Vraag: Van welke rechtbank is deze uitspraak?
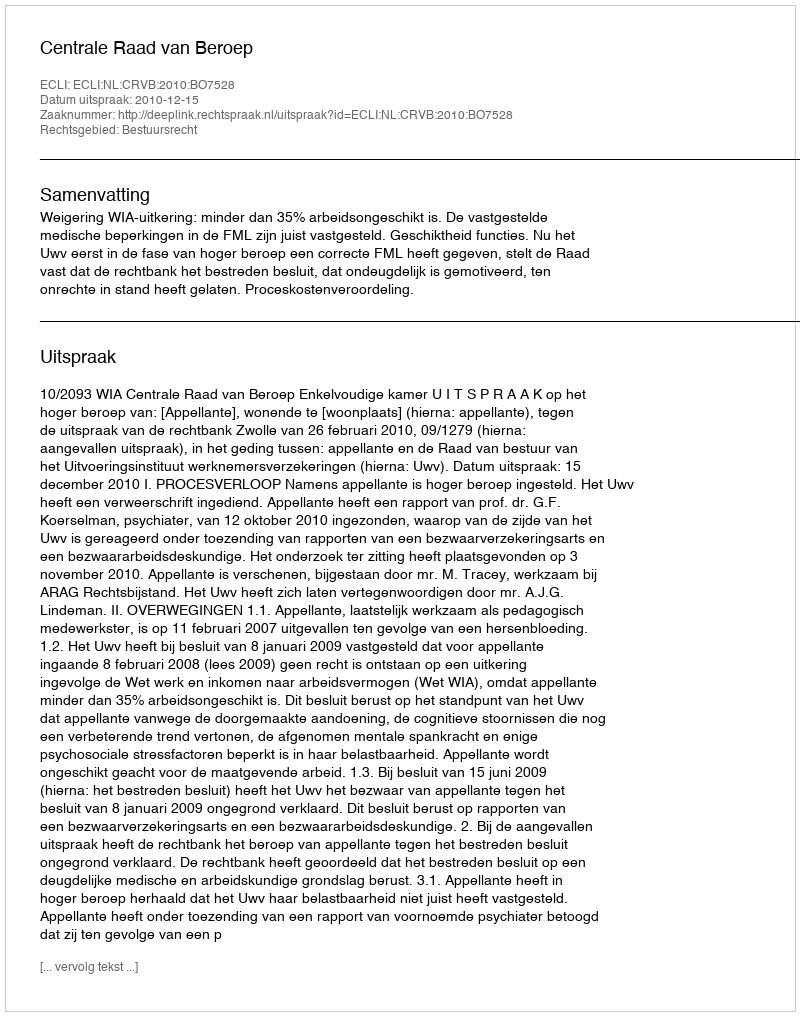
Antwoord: Centrale Raad van Beroep